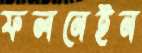
ফলনেইন